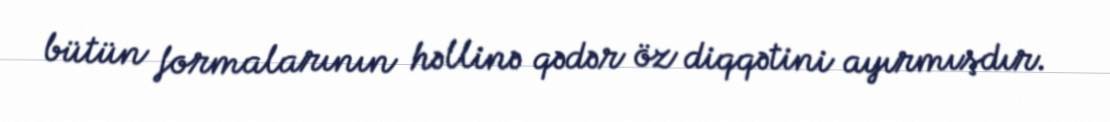
bütün formalarının həllinə qədər öz diqqətini ayırmışdır.